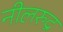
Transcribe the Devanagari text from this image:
नीलरुद्र